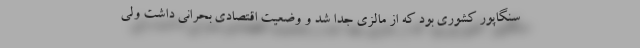
سنگاپور کشوری بود که از مالزی جدا شد و وضعیت اقتصادی بحرانی داشت ولی